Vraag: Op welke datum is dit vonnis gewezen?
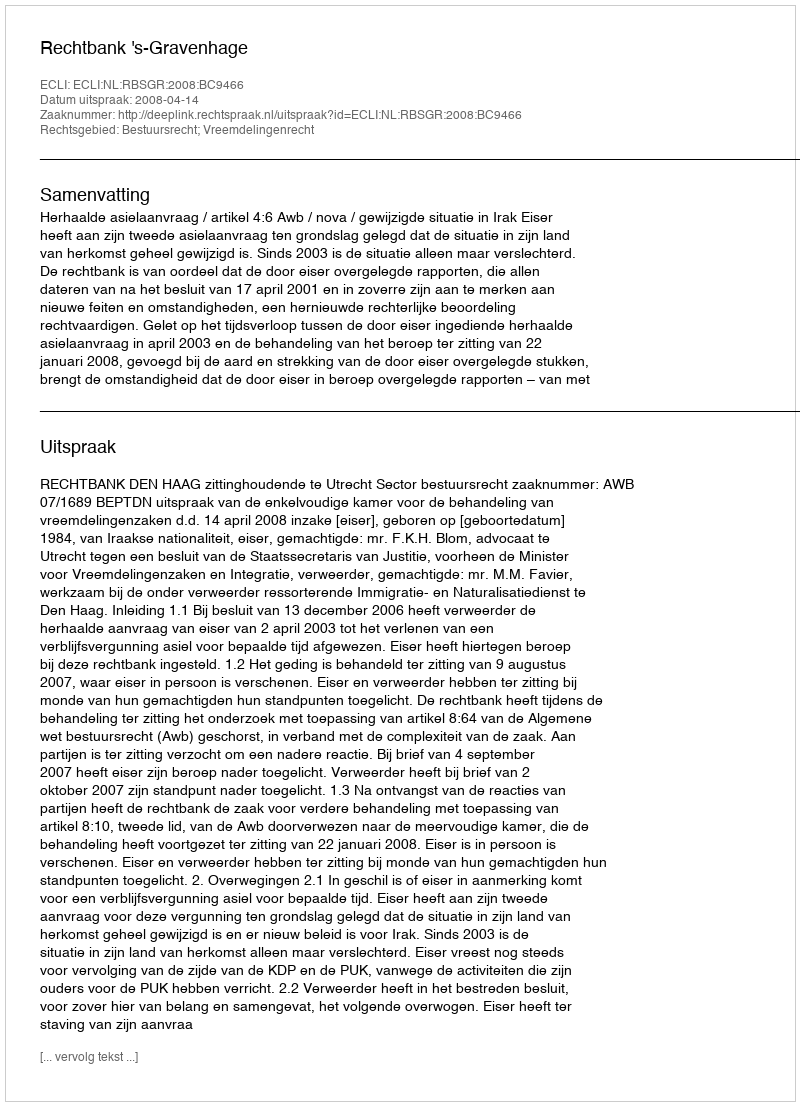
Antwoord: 2008-04-14